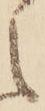
え